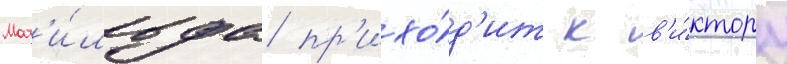
Мат'и́льда пр'ихо́д'ит к в'и́ктору